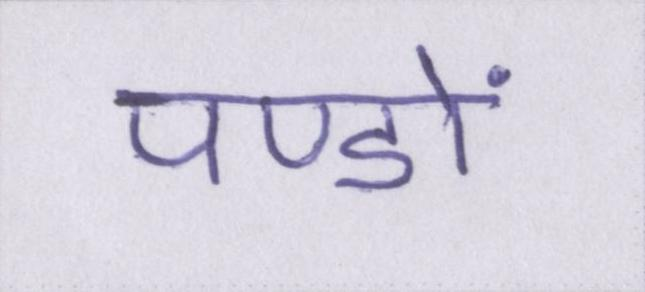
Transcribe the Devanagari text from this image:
पण्डों